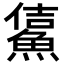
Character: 𩸔